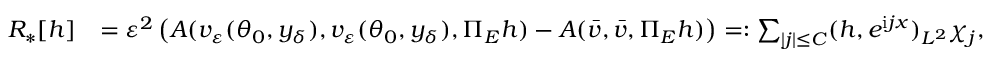
\begin{array} { r l } { R _ { * } [ h ] } & { = \varepsilon ^ { 2 } \left( A ( v _ { \varepsilon } ( \theta _ { 0 } , y _ { \delta } ) , v _ { \varepsilon } ( \theta _ { 0 } , y _ { \delta } ) , \Pi _ { E } h ) - A ( \bar { v } , \bar { v } , \Pi _ { E } h ) \right) = : \sum _ { | j | \le C } ( h , e ^ { \mathrm { i } j x } ) _ { L ^ { 2 } } \chi _ { j } , } \end{array}